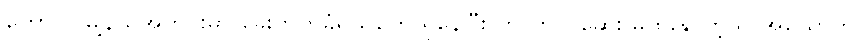
တောင်ငူမြို့နယ်အတွင်းမှာ ခွေးကိုက်ခံရသူတွေ ရှိနေပြီး ကာကွယ်ဆေး မထိုးနိုင်တဲ့သူ အယောက်